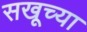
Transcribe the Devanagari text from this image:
सखूच्या